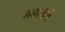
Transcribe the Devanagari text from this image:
ढकलेले